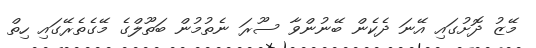
މޭޒު ދޮށުގައި އޭނަ ދެކެން ބޭނުންވާ ސޫރަ ނެތުމުން ބަތޫލްގެ މޭގެތެރޭގައި ހިތް